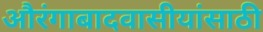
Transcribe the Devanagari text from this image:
औरंगाबादवासीयांसाठी